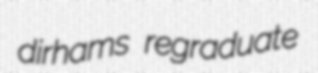
dirhams regraduate